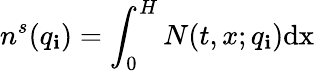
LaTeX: n^{s}(q_{\mathbf{i}})=\int_{0}^{H}N(t,x;q_{\mathbf{i}})\mathrm{{{d}x}}